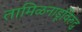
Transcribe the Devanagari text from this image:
तामिळनाडूविरुद्ध